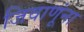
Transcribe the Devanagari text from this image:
जिवाणूंना